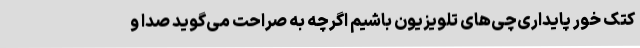
کتک خور پایداری‌چی‌های تلویزیون باشیم اگرچه به صراحت می‌گوید صدا و